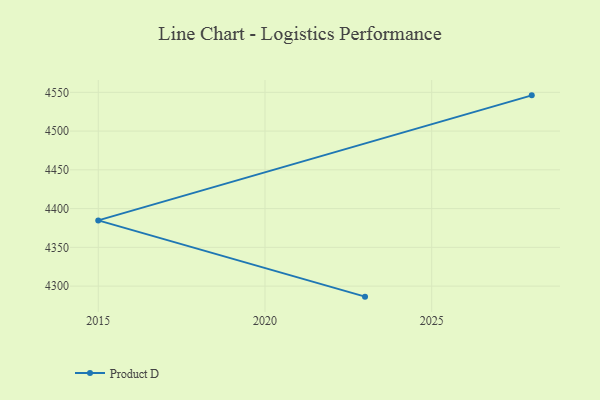
{"axis": {"x": "Year", "y": "Conversion Rate (%)"}, "legend": ["Product D"], "data": [{"x": "2023", "y": 4286.4, "type": "Product D"}, {"x": "2015", "y": 4384.8, "type": "Product D"}, {"x": "2028", "y": 4546.1, "type": "Product D"}]}